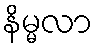
နိမ္မလာ